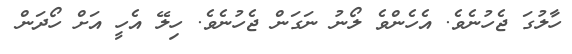
ހާލުގަ ޖެހުނެވެ. އެހެންވެ ލޯނު ނަގަން ޖެހުނެވެ. ހިލޭ އެހީ އަށް ހޯދަން